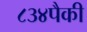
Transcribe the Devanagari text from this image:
८३४पैकी